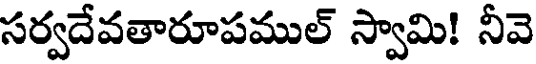
సర్వదేవతారూపముల్ స్వామి! నీవె